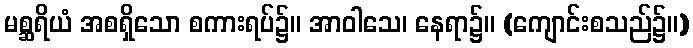
မစ္ဆရိယံ အစရှိသော စကားရပ်၌။ အာဝါသေ၊ နေရာ၌။ (ကျောင်းစသည်၌။)